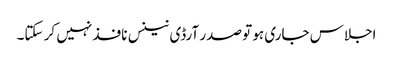
اجلاس جاری ہو تو صدر آرڈی نینس نافذ نہیں کر سکتا۔